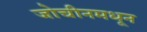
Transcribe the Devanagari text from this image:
जोचीनमधून